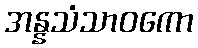
အန္နသံသာဝကော